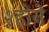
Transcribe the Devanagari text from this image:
श्होने